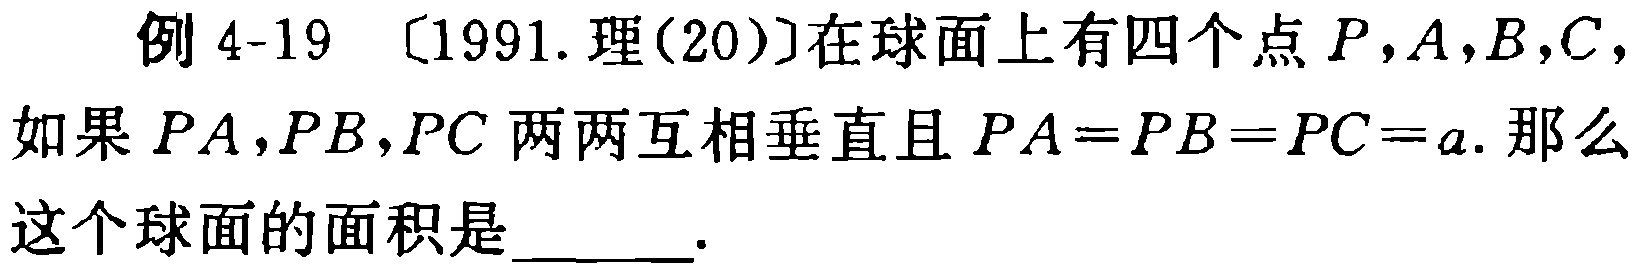
例 4-19 〔1991. 理(20)〕在球面上有四个点 \(P,A,B,C\)，如果 \(PA,PB,PC\) 两两互相垂直且 \(PA = PB = PC = a\). 那么这个球面的面积是 \_\_\_\_ .